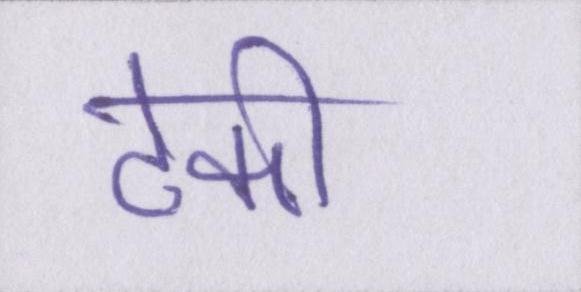
टेकी